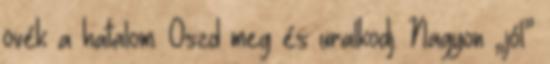
övék a hatalom. Oszd meg és uralkodj. Nagyon „jól”